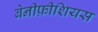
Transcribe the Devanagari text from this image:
बेनीफ़ीशियस